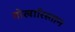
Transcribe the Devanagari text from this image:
तोखारिस्तान